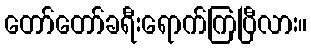
တော်တော်ခရီးရောက်ကြပြီလား။